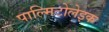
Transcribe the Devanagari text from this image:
पाल्मिटोलेइक